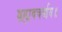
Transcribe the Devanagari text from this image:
ब्रह्मवचर्साय॥